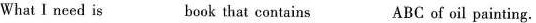
What I need is book that contains ABC of oil painting.